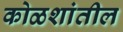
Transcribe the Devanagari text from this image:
कोळशांतील